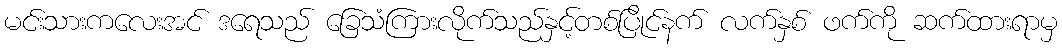
မင်းသားကလေးအင် ဒရေသည် ခြေသံကြားလိုက်သည်နှင့်တစ်ပြိုင်နက် လက်နှစ် ဖက်ကို ဆက်ထားရာမှ